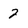
Character: 2